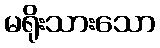
မရိုးသားသော